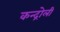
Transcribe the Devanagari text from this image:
कन्द्रोली